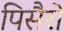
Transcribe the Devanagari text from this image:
पिसैरो